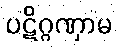
ပဋိဂ္ဂဏှာမ